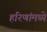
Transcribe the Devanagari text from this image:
हरिणांमध्ये